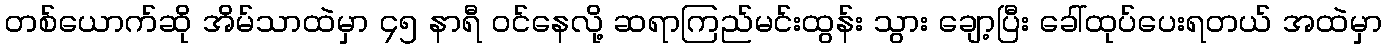
တစ်ယောက်ဆို အိမ်သာထဲမှာ ၄၅ နာရီ ဝင်နေလို့ ဆရာကြည်မင်းထွန်း သွား ချော့ပြီး ခေါ်ထုပ်ပေးရတယ် အထဲမှာ